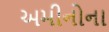
અમીનોના